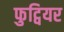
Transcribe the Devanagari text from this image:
फुट्वियर